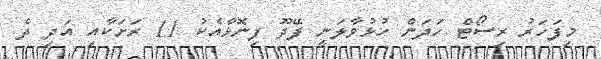
މިފަހަރު ރިސޯޓް ހަދަން ހުޅުވާލަނީ ފޭދޫ ފިނޮޅާއެކު 11 ރަށަކާއި އަދި ދެ